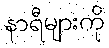
နာရီများကို